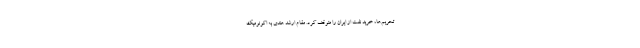
تحریم‌ها، خرید نفت از ایران را متوقف کرد. مقام ارشد هندی به اکونومیک